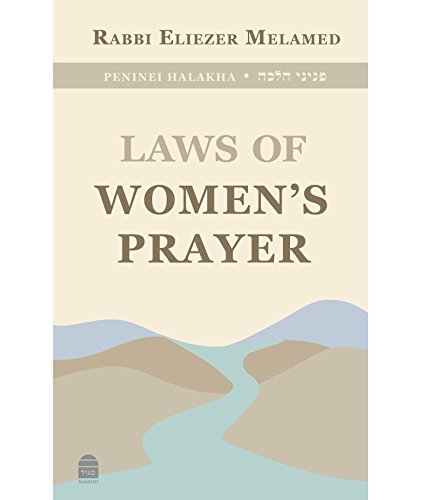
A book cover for Peninei Halakha: Laws of Women's Prayer; Eliezer Melamed; Religion & Spirituality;